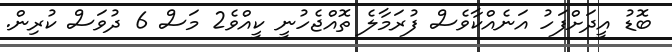
ބޮޑު އީދަށްފަހު އަނެއްކާވެސް ފުރަމާލެ ތޮއްޖެހުނީ ކީއްވެ2 މަސް 6 ދުވަސް ކުރިން.